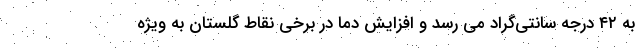
به ۴۲ درجه سانتی‌گراد می رسد و افزایش دما در برخی نقاط گلستان به ویژه